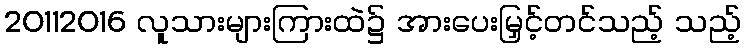
20112016 လူသားများကြားထဲ၌ အားပေးမြှင့်တင်သည့် သည့်